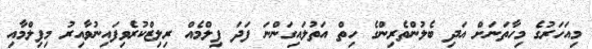
މިއަހަރުގެ މިހާތަނަށް އަދި ބެލުންތެރިންގެ ހިތް އަތުލައިގަންނަ ފަދަ ފިލްމެއް ރިލިޒްކުރެވިފައިނުވާއިރު މިފިލްމާއި